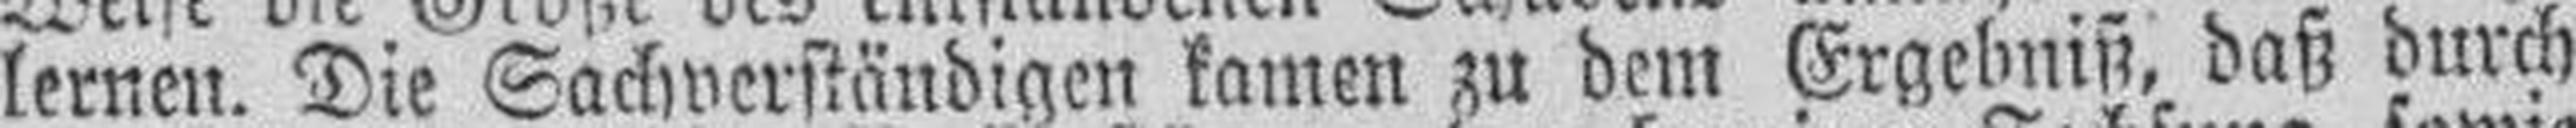
lernen. Die Sachverständigen kamen zu dem Ergebniß, daß durch